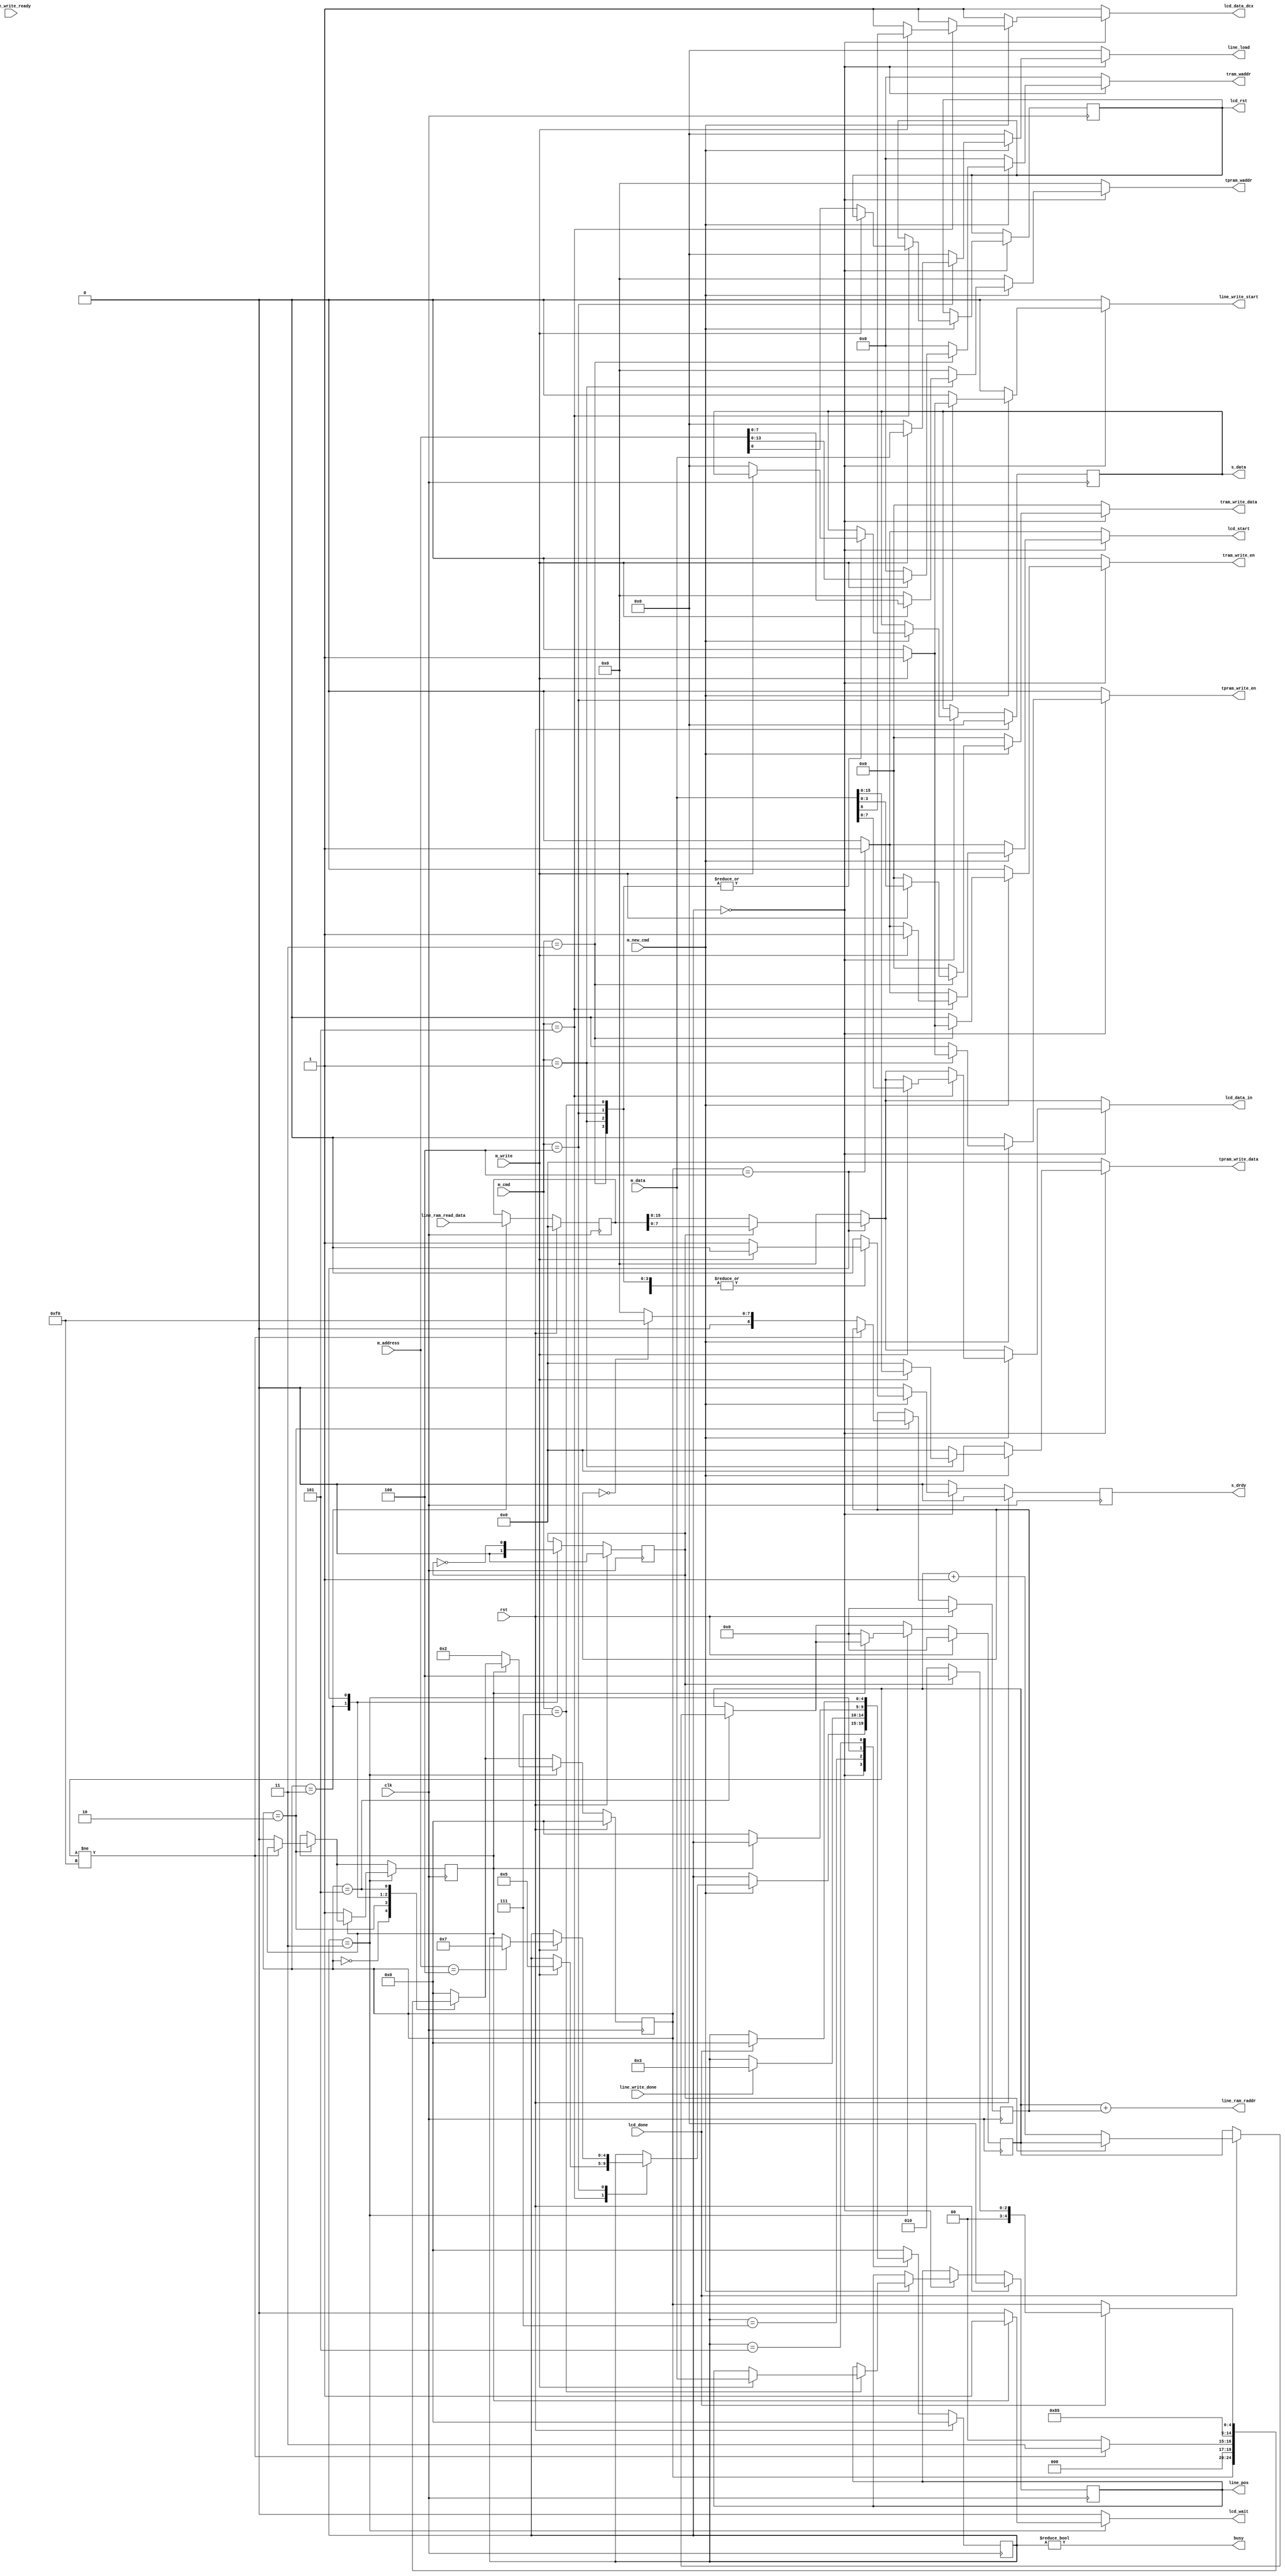
module mmap_interface (
    input clk,
    input rst,

    output busy,
    output reg lcd_wait,

    // Master interface
    input m_new_cmd,
    input m_write,
    input [5:0] m_cmd,
    input [31:0] m_address,
    input [31:0] m_data,

    // Slave interface
    output [31:0] s_data,
    output s_drdy,

    // line writer
    output reg [31:0] line_load,
    input line_write_ready,
    input line_write_done,
    output reg line_write_start,
    output [8:0] line_ram_raddr,
    input [15:0] line_ram_read_data,
    output reg [31:0] line_pos, // posx + posy
    // line writer texture memory.
    output reg [13:0] tram_waddr,
    output reg [3:0] tram_write_data,
    output reg tram_write_en,
    output reg [7:0] tpram_waddr,
    output reg [15:0] tpram_write_data,
    output reg tpram_write_en,

    // LCD driver
    output reg [7:0] lcd_data_in,
    output reg lcd_data_dcx, // low: data, hi: cmd
    output reg lcd_start,
    output lcd_rst,
    input lcd_done
);

// FIXME: reorg states and commands
localparam CMD_LEDS = 0,
    CMD_TEXP_LOAD = 1,
    CMD_TEX_LOAD = 3,
    CMD_CAST_LINE = 4,
    CMD_LCD = 5,
    CMD_SET_POS = 7;

reg [31:0] data_d, data_q;
reg drdy_d, drdy_q;

assign s_data = data_q;
assign s_drdy = drdy_q;
assign lcd_rst = lcd_rst_q;

localparam IDLE = 0,
    WAIT_LCD_DUMP = 3,
    WAIT_DUMP = 4,
    WAIT_LCD = 5,
    WAIT_FOR_CAST = 6,
    WAIT_FOR_LINE = 7,
    CAST_FB = 8,
    CAST_FB_START = 9;

localparam LCDIDLE = 0,
    LCD_FB_DUMP = 2,
    LCD_FB_READRAM_RES = 3,
    LCD_FB_SPLIT = 4,
    LCD_FB_SPLIT_WAIT = 5,
    LCD_FB_DUMP_START = 6;

reg [4:0] state_d, state_q;
reg [4:0] lcdstate_d, lcdstate_q;

reg [31:0] line_pos_d, line_pos_q; // posXY for line writer.
reg [8:0] lw_raddr_d, lw_raddr_q; // line writer
reg [8:0] lw_base_raddr_d, lw_base_raddr_q; // line RAM bank
assign line_ram_raddr = lw_raddr_q + lw_base_raddr_q;

// lcd
reg lcd_done_d, lcd_done_q; // FIXME: weird.
reg lcd_queue_d, lcd_queue_q; // track outstanding dump request.
reg lcd_rst_d, lcd_rst_q;
reg lcd_bcnt_d, lcd_bcnt_q;
reg [15:0] lcd_data_d, lcd_data_q;

// indicate to the arduino that it shouldn't send another cmd yet.
assign busy = state_q != IDLE;

initial begin
    lcd_rst_q = 1'b0;
end

always @(*) begin
        state_d = state_q;
        lcdstate_d = lcdstate_q;
        lcd_wait = 1'b0;
        data_d = data_q;
        drdy_d = 0;
        line_write_start = 1'b0;
        line_load = 32'd0;
        line_pos_d = line_pos_q;
        // line output register.
        // TODO: could remove most of line_writer's lines
        // if line's inputs were all just memory mapped addresses.
        line_pos = line_pos_q;
        lw_raddr_d = lw_raddr_q;
        lw_base_raddr_d = lw_base_raddr_q;

        lcd_done_d = lcd_done_q;
        lcd_queue_d = lcd_queue_q;

        // LCD regs
        lcd_data_in = 8'd0;
        lcd_data_dcx = 1'b1;
        lcd_start = 1'b0;
        lcd_rst_d = lcd_rst_q;
        lcd_bcnt_d = lcd_bcnt_q;
        lcd_data_d = lcd_data_q;

        // line texture/palette memory.
        tram_waddr = 13'd0;
        tram_write_data = 8'd0;
        tram_write_en = 1'b0;
        tpram_waddr = 13'd0;
        tpram_write_data = 8'd0;
        tpram_write_en = 1'b0;

        // TODO: refactor into a separate module. would need to route the
        // normal LCD commands through it as well. This currently lives here
        // because mmap_protocol is otherwise responsible for writing to the
        // LCD.
        case (lcdstate_q)
          LCDIDLE: begin
            /// whoooaa I forgot this for so long.
            lcd_done_d = 1'b0;
          end
          LCD_FB_DUMP: begin
            if (lw_raddr_q != 8'd240) begin
                lcdstate_d = LCD_FB_READRAM_RES;
            end else begin
                lcd_done_d = 1'b1;
                lcd_queue_d = 1'b0;
                lcdstate_d = LCDIDLE;
                // flip RAM line read bank.
                if (lw_base_raddr_q == 9'd0) begin
                    lw_base_raddr_d = 9'd240;
                end else begin
                    lw_base_raddr_d = 9'd0;
                end
            end
          end
          LCD_FB_READRAM_RES: begin
            lcd_data_d = line_ram_read_data;
            lcd_bcnt_d = 1'b0;
            lcdstate_d = LCD_FB_SPLIT;
          end
          LCD_FB_SPLIT: begin
            // for each byte, send each half to SPI.
            // TODO: experiment with a conditionally 16bit SPI driver to
            // simplify this logic a bit and speed things up.
            lcd_bcnt_d = ~lcd_bcnt_q;
            if (!lcd_bcnt_q) begin
                lcd_data_in = lcd_data_q[15:8];
            end else begin
                lcd_data_in = lcd_data_q[7:0];
            end

            lcd_start = 1'b1;
            lcdstate_d = LCD_FB_SPLIT_WAIT;
          end
          LCD_FB_SPLIT_WAIT: begin
            if (lcd_done) begin
                if (!lcd_bcnt_q) begin // if we've flipped back to zero.
                    lw_raddr_d = lw_raddr_q + 1'b1;
                    lcdstate_d = LCD_FB_DUMP;
                end else begin
                    lcdstate_d = LCD_FB_SPLIT;
                end
            end
          end
          default: lcdstate_d = LCDIDLE;
        endcase

        case (state_q)
          IDLE: begin
            if (m_new_cmd) begin
                case (m_cmd)
                    CMD_LCD: begin
                        // FIXME: making an assumption about readiness :P
                        // this causes race conditions and corrupts the LCD.
                        if (m_write) begin
                            state_d = WAIT_LCD;
                            lcd_data_in = m_data[7:0];
                            lcd_data_dcx = m_data[8];
                            lcd_start = 1'b1;
                        end else begin
                            // hack to allow LCD RST toggling.
                            lcd_rst_d = m_address[0];
                            drdy_d = 1'b1;
                        end
                    end
                    CMD_TEX_LOAD: begin
                        if (m_write) begin
                            tram_waddr = m_address[13:0];
                            tram_write_data = m_data[3:0];
                            tram_write_en = 1'b1;
                        end else begin
                            // no readback.
                            data_d = 32'd0;
                            drdy_d = 1'b1;
                        end
                    end
                    CMD_TEXP_LOAD: begin
                        if (m_write) begin
                            tpram_waddr = m_address[7:0];
                            tpram_write_data = m_data[15:0];
                            tpram_write_en = 1'b1;
                        end else begin
                            // no readback.
                            data_d = 32'd0;
                            drdy_d = 1'b1;
                        end
                    end
                    CMD_CAST_LINE: begin
                        if (m_write) begin
                            // we signal the line to "start" a number of times
                            // to read out initialization data.
                            // FIXME: probably better to pass an address
                            // and use a case on the line side? safer than
                            // lock-stepping states here.
                            // This is still generating a lot of wires as is.
                            line_load = m_data;
                            line_write_start = 1'b1;
                            if (m_address == 31'd4) begin
                                state_d = WAIT_FOR_LINE;
                            end
                        end else begin
                            data_d = 32'd0;
                            drdy_d = 1'b1;
                        end
                    end
                    CMD_SET_POS: begin
                        // TODO: not sure I like this being a separate
                        // command, but there's no reason not to yet.
                        if (m_write) begin
                            line_pos_d = m_data;
                        end else begin
                            data_d = 32'd0;
                            drdy_d = 1'b1;
                        end
                    end
                endcase
            end else begin
                //busy = 1'b0;
            end
          end
          WAIT_FOR_LINE: begin
              if (line_write_done) begin
                state_d = WAIT_LCD_DUMP;
              end
          end
          WAIT_LCD_DUMP: begin
            if (lcd_queue_q == 1'b1) begin
                // LCD still running from last request, have to wait.
                lcd_wait = 1'b1;
            end else begin
                // kick off LCD dump
                lw_raddr_d = 8'd0;
                // LCD is now queued.
                lcd_queue_d = 1'b1;
                lcdstate_d = LCD_FB_DUMP;
                // we can run another line write in the meantime.
                state_d = IDLE;
            end
          end
          WAIT_LCD: begin
            if (lcd_done) begin
                state_d = IDLE;
            end
          end
          default: state_d = IDLE;
        endcase
end

always @(posedge clk) begin
    if (rst) begin
        data_q <= 0;
        drdy_q <= 0;
    	state_q = 0;
        lcdstate_q = 0;
        lw_raddr_q <= 0;
        lw_base_raddr_q <= 0;
        lcd_bcnt_q <= 0;
        lcd_done_q <= 0;
        lcd_queue_q <= 0;
        lcd_data_q <= 0;
        line_pos_q <= 0;
      end else begin
        state_q = state_d;
        lcdstate_q = lcdstate_d;
        lcd_data_q <= lcd_data_d;
        data_q <= data_d;
        line_pos_q <= line_pos_d;
        drdy_q <= drdy_d;
        lw_raddr_q <= lw_raddr_d;
        lw_base_raddr_q <= lw_base_raddr_d;
        lcd_bcnt_q <= lcd_bcnt_d;
      end

      lcd_rst_q <= lcd_rst_d;
      lcd_done_q <= lcd_done_d;
      lcd_queue_q <= lcd_queue_d;
end

endmodule